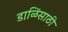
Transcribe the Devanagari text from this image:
डाळिंसाठी